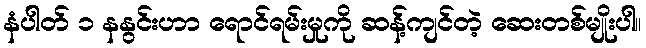
နံပါတ် ၁ နနွင်းဟာ ရောင်ရမ်းမှုကို ဆန့်ကျင်တဲ့ ဆေးတစ်မျိုးပါ။